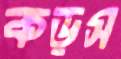
কড়স